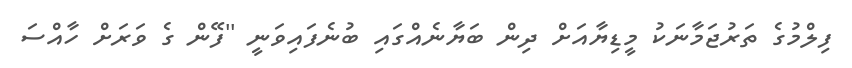
ފިލްމުގެ ތަރުޖަމާނަކު މީޑިޔާއަށް ދިން ބަޔާނެއްގައި ބުނެފައިވަނީ ''ފޭން ގެ ވަރަށް ހާއްސަ